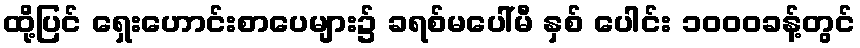
ထို့ပြင် ရှေးဟောင်းစာပေများ၌ ခရစ်မပေါ်မီ နှစ် ပေါင်း ၁၀၀၀ခန့်တွင်